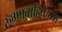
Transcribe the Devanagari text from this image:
रुग्णवाहिकेच्या